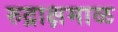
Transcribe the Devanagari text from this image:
रुद्राक्षमाळ